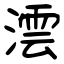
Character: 澐